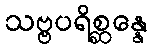
သဗ္ဗပရိစ္ဆန္နေ